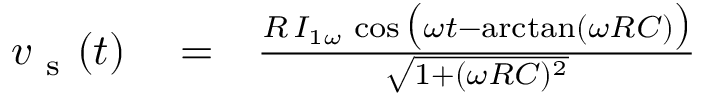
\begin{array} { r l r } { v _ { \mathrm { ~ s ~ } } ( t ) } & { { } = } & { \frac { R \, I _ { 1 \omega } \, \cos \big ( \omega t - \arctan ( \omega R C ) \big ) } { \sqrt { 1 + ( \omega R C ) ^ { 2 } } } } \end{array}